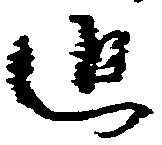
追